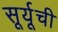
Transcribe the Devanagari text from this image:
सूर्यूची